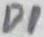
Text: D1